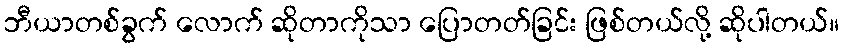
ဘီယာတစ်ခွက် လောက် ဆိုတာကိုသာ ပြောတတ်ခြင်း ဖြစ်တယ်လို့ ဆိုပါတယ်။